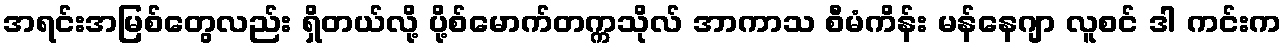
အရင်းအမြစ်တွေလည်း ရှိတယ်လို့ ပို့စ်မောက်တက္ကသိုလ် အာကာသ စီမံကိန်း မန်နေဂျာ လူစင် ဒါ ကင်းက